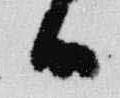
候